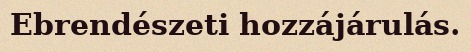
Ebrendészeti hozzájárulás.